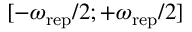
[ - \omega _ { \mathrm { r e p } } / 2 ; + \omega _ { \mathrm { r e p } } / 2 ]